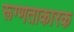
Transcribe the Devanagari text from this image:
रूग्णताकारक